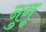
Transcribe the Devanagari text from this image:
नुगू